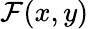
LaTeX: \mathcal{F}(x,y)